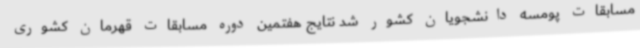
مسابقات پومسه دانشجویان کشور شد نتایج هفتمین دوره مسابقات قهرمان کشوری